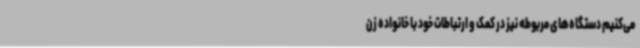
می‌کنیم دستگاه‌های مربوطه نیز در کمک و ارتباطات خود با خانواده زن